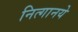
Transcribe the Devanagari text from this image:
नित्‍गानये